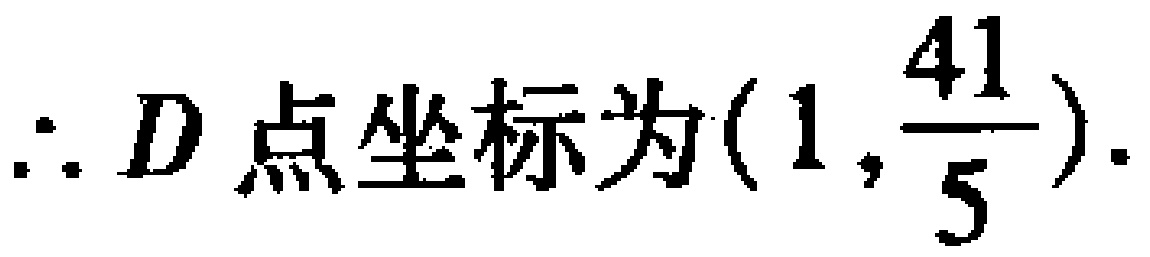
\(\therefore D\text{ 点坐标为}(1,\frac{41}{5}).\)